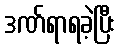
ဒဏ်ရာရခဲ့ပြီး